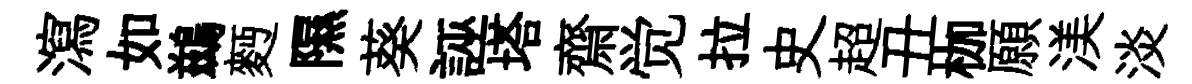
瀉如鷀麪隰葵誣塔齋觉拉史超丑枷願渼淡